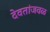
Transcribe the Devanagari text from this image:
देवतांजवळ